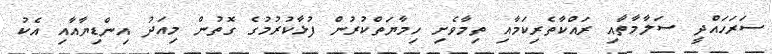
ސަރަހައްދީ ސަލާމާތާއި ރައްކާތެރިކަމާއި ތިމާވެށި ހިމާޔަތްކުރުން ފުޅާކުރުމުގެ ގޮތުން މިއަދު އިންޑިޔާއާއި އެކު